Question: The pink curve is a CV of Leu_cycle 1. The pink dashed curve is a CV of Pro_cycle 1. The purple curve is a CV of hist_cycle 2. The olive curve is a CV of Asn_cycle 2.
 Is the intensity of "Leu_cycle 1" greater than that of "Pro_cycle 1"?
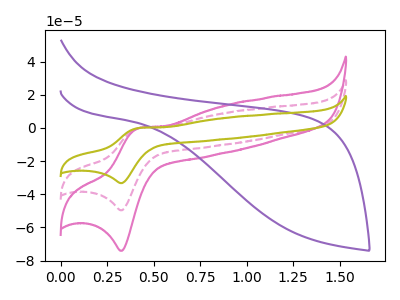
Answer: <think>The pink curve "Leu_cycle 1" has an anodic peak at (0.40V, -0.15uA) and a cathodic peak at (0.35V, -74.10uA). The pink dashed curve "Pro_cycle 1" has an anodic peak at (0.40V, -0.10uA) and a cathodic peak at (0.35V, -49.65uA). The purple curve "hist_cycle 2" has no peaks. The olive curve "Asn_cycle 2" has an anodic peak at (0.40V, -0.15uA) and a cathodic peak at (0.35V, -99.25uA).
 All the peaks in "Leu_cycle 1" have a peak in "Pro_cycle 1" at the same potential.</think>
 <answer>I cant tell if "Leu_cycle 1" or "Pro_cycle 1" has more signal.</answer>
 <eval>mixed_signal</eval>